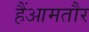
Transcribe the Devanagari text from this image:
हैंआमतौर